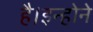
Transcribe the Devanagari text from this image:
है।इन्होने